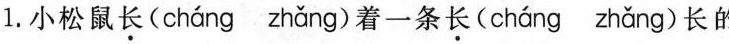
1.小松鼠长(cháng zhǎng)着一条长(cháng zhǎng)长的